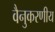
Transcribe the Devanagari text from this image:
वैनुकरणीय